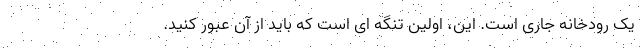
یک رودخانه جاری است. این، اولین تنگه ای است که باید از آن عبور کنید.